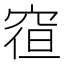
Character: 𮃿